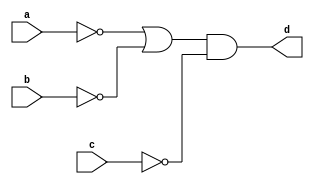
`timescale 1ns / 1ps
//////////////////////////////////////////////////////////////////////////////////
// Company: 
// Engineer: 
// 
// Design Name: 
// Module Name: bool1_a
// Project Name: 
// Target Devices: 
// Tool Versions: 
// Description: 
// 
// Dependencies: 
// 
// Revision:
// Revision 0.01 - File Created
// Additional Comments:
// 
//////////////////////////////////////////////////////////////////////////////////


module bool1_a(
    input a,b,c,
    output d
    );
assign d=(~a|~b)&~c;
endmodule